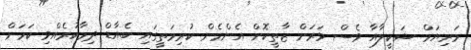
މަރިޔަމް ޝަކީލާއާ ވެސް ވަރަށް ޒާތީކޮށް އެންމެން ކުރިމަތީގައި ބެއާޑް ދިމާކުރެއްވި ކަމަށް